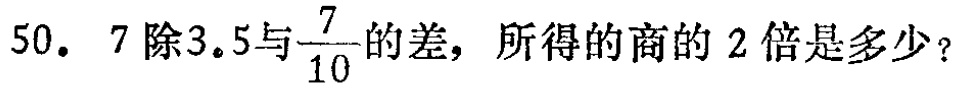
50. 7除3.5与$\frac{7}{10}$的差，所得的商的2倍是多少？